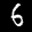
Label: 6